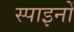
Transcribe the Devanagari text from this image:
स्पाइनों